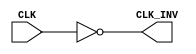
module InvertingClockBuffer (
    input wire CLK,        // Clock input
    output wire CLK_INV    // Inverted clock output
);

// Invert the input clock signal
assign CLK_INV = ~CLK;

endmodule